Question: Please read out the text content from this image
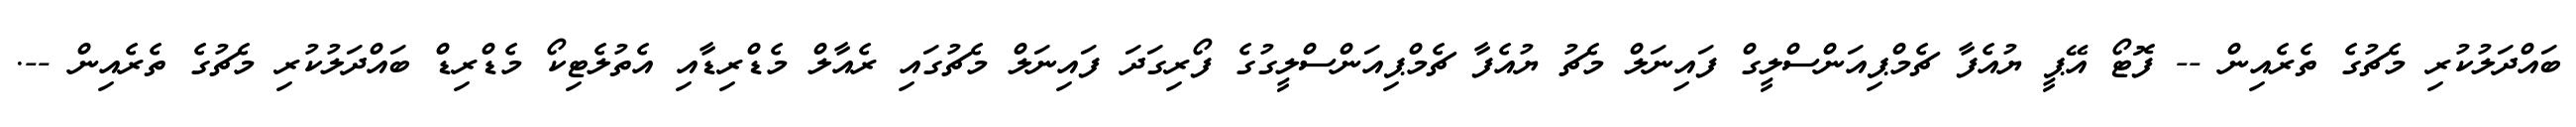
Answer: ބައްދަލުކުރި މެޗުގެ ތެރެއިން -- ފޮޓޯ އޭޕީ ޔުއެފާ ޗެމްޕިއަންސްލީގް ފައިނަލް މެޗު ޔުއެފާ ޗެމްޕިއަންސްލީގުގެ ފޯރިގަދަ ފައިނަލް މެޗުގައި ރެއާލް މެޑްރިޑާއި އެތުލެޓިކޯ މެޑްރިޑް ބައްދަލުކުރި މެޗުގެ ތެރެއިން --.